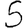
Digit: 5